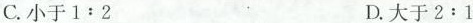
C.小于1:2 D.大于2:1